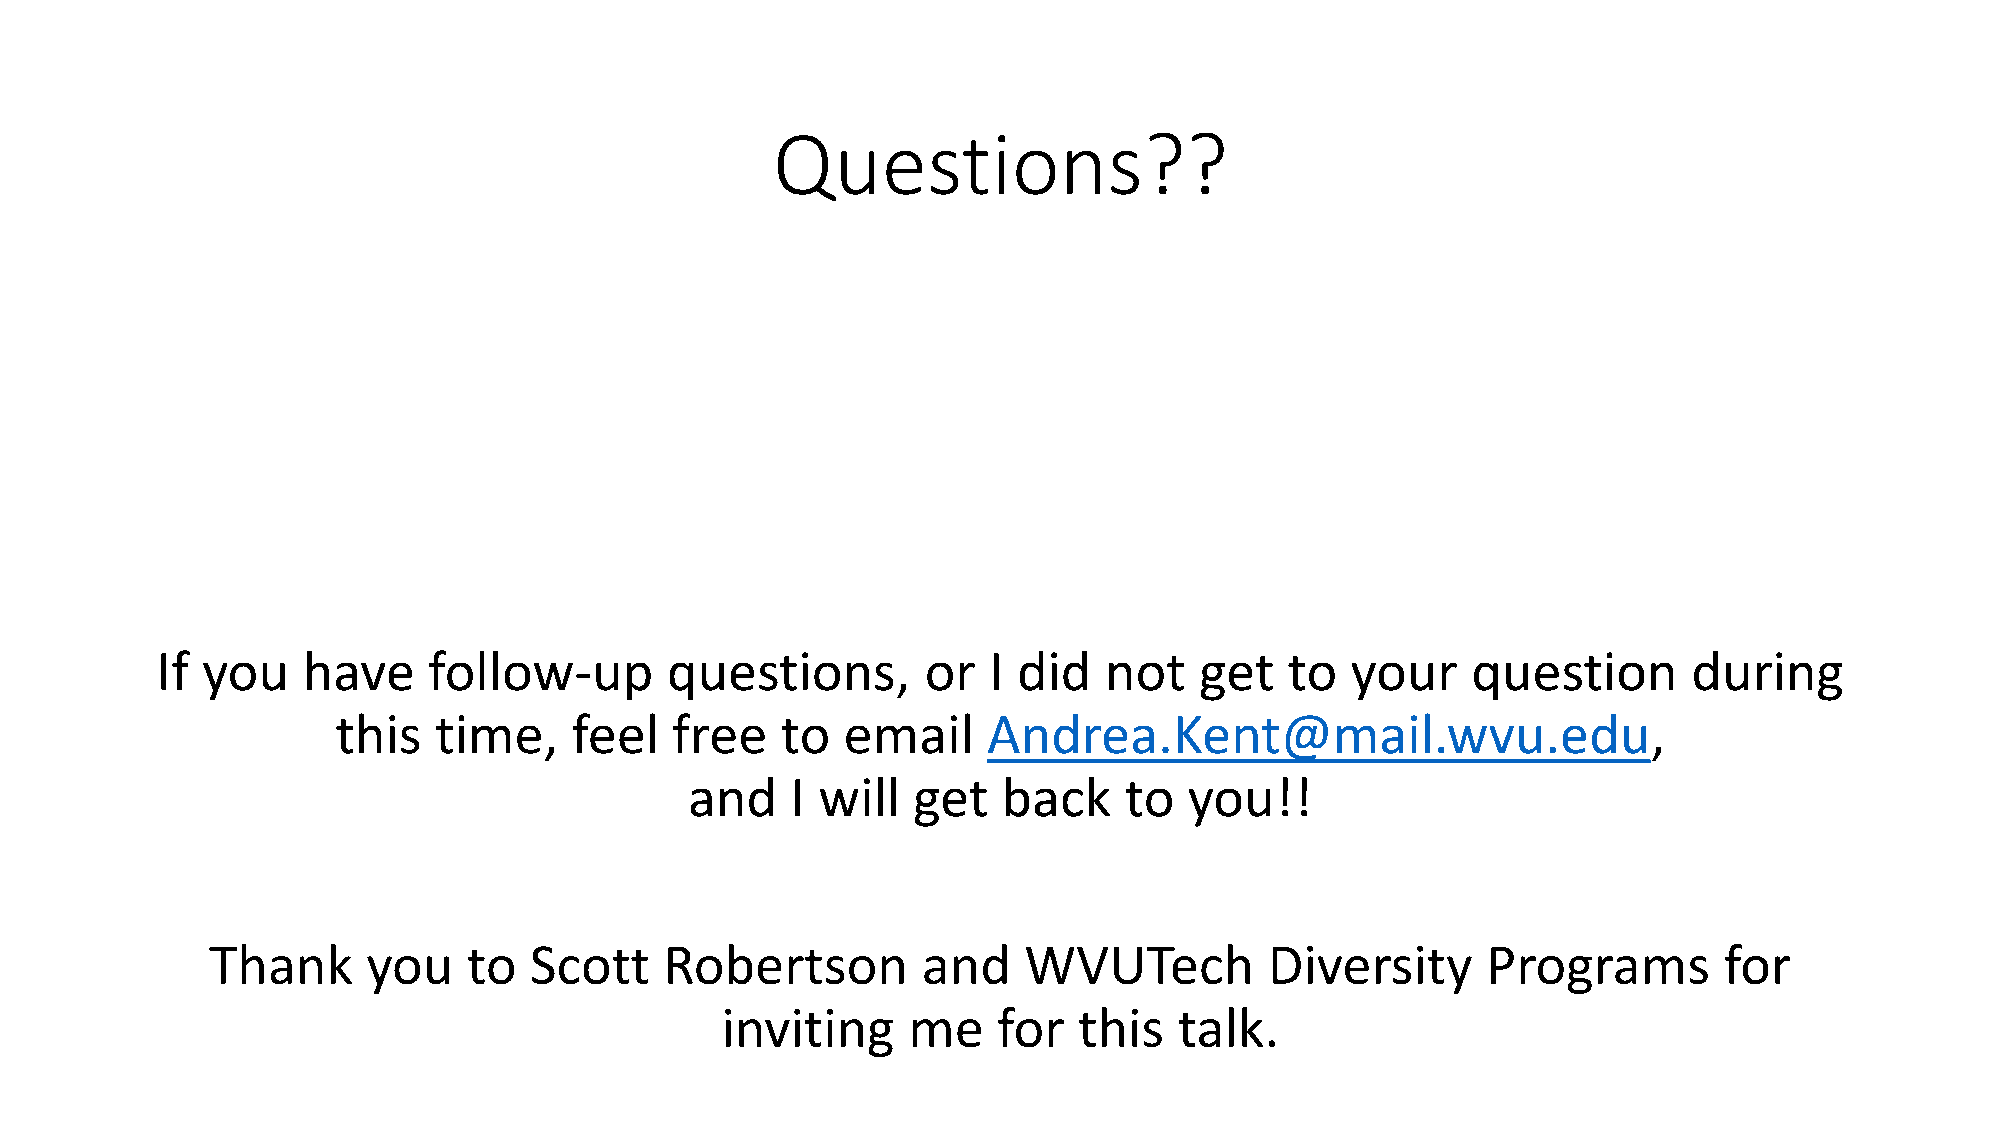
Questions??
 If you    have    follow-up       questions,       or  I did   not   get   to  your    question       during
 this   time,    feel  free    to  email    Andrea.Kent@mail.wvu.edu,
 and   I will  get   back    to   you!!
 Thank     you    to  Scott    Robertson        and    WVUTech         Diversity     Programs        for
 inviting    me    for  this   talk.